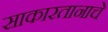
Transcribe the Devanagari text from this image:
साकारतानाचे